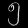
Digit: ၅